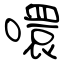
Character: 噮